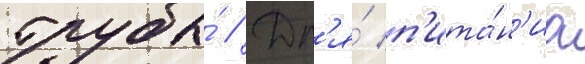
трубы́ // Дл'я́ п'ита́н'иа